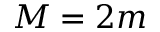
M = 2 m